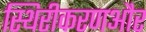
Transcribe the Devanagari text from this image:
स्थिरीकरणऔर